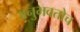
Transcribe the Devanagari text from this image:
अनुभवतोच